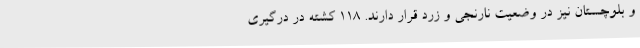
و بلوچستان نیز در وضعیت نارنجی و زرد قرار دارند. 118 کشته در درگیری